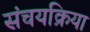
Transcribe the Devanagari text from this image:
संचयक्रिया